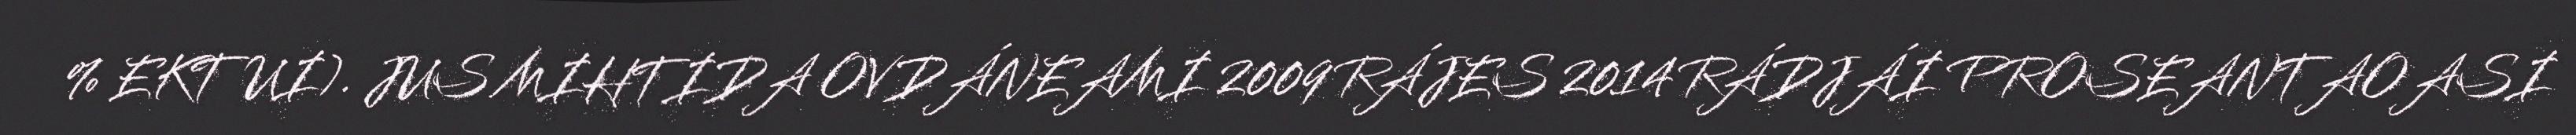
% EKTUI). JUS MIHTIDA OVDÁNEAMI 2009 RÁJES 2014 RÁDJÁI PROSEANTAOASI